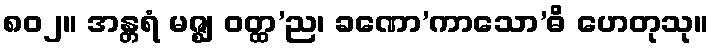
၈၀၂။ အန္တရံ မဇ္ဈ ဝတ္ထ’ည၊ ခဏော’ကာသော’ဓိ ဟေတုသု။